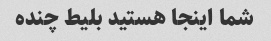
شما اینجا هستید بلیط چنده